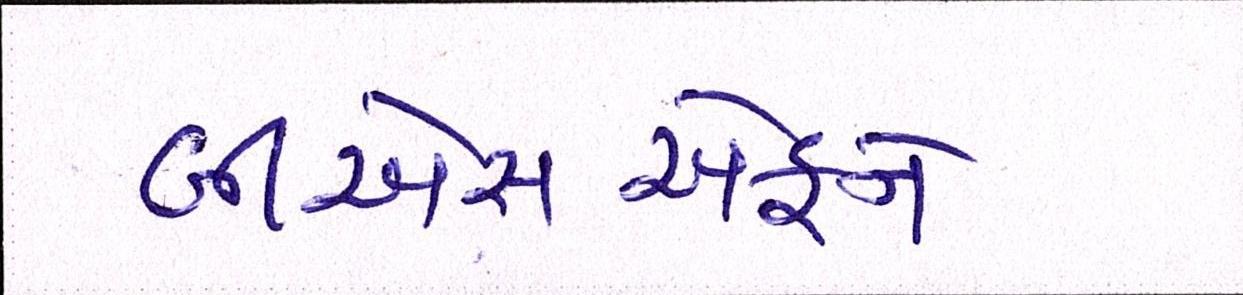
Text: બીએસએફને